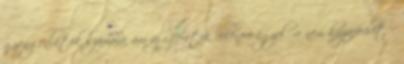
gyengénlátók számára, ám az ígéretek ellenére egyelőre nem hozzáférhető.